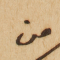
من